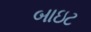
બાઇટ